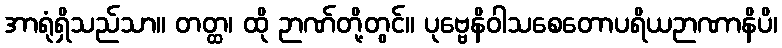
အာရုံရှိသည်သာ။ တတ္ထ၊ ထို ဉာဏ်တို့တွင်။ ပုဗ္ဗေနိဝါသစေတောပရိယဉာဏာနိပိ၊